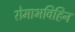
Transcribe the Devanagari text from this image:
रोमाभविहिन